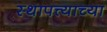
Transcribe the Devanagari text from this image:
स्थापत्त्याच्या